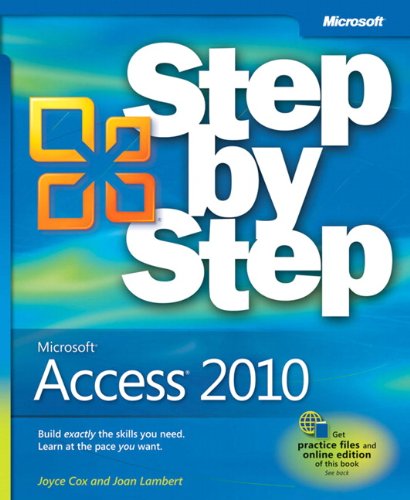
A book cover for Microsoft Access 2010 Step by Step; Joan Lambert; Computers & Technology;